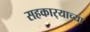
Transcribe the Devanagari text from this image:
सहकार्‍याच्या